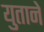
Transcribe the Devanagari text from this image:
युताने